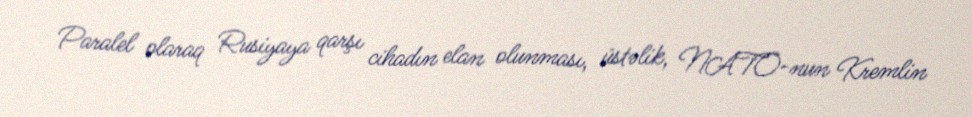
Paralel olaraq Rusiyaya qarşı cihadın elan olunması, üstəlik, NATO-nun Kremlin